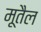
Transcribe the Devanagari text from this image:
मूतैल